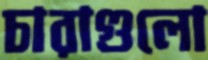
চারাগুলো